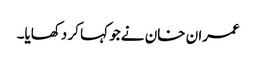
عمران خان نے جو کہا کر دکھایا۔